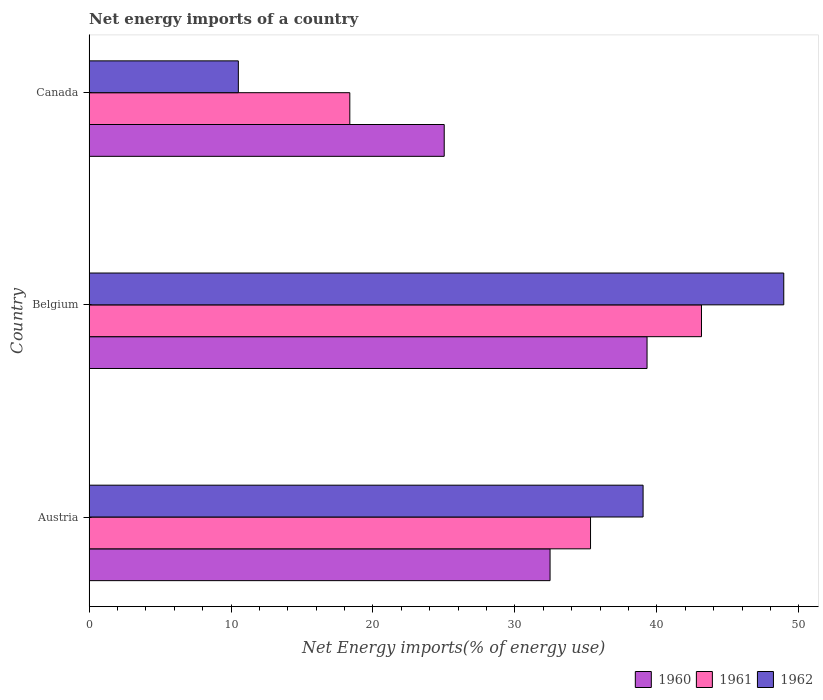
| Country | 1960 | 1961 | 1962 |
 | --- | --- | --- | --- |
 | Austria | 32.5 | 35.3 | 39 |
 | Belgium | 39.3 | 43.1 | 48.9 |
 | Canada | 25 | 18.4 | 10.5 |